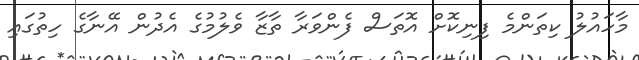
މާހައުލު ކިތަންމެ ފިނިކޮށް އޮތަސް ފެންވަރާ ތާޒާ ވެލުމުގެ އެދުން އޭނާގެ ހިތުގައި